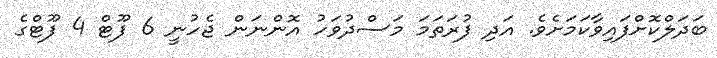
ބަދަލްކޮށްފައިވާކަމަށެވެ. އަދި ފުރަތަމަ މަސްދުވަހު އޮންނަން ޖެހުނީ 6 ފޫޓް 4 ފޫޓްގެ